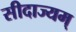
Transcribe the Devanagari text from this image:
सीदाज्यम्